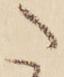
た